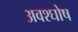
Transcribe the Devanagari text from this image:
अवश्घोष